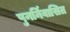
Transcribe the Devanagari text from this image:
पुनर्निवासित